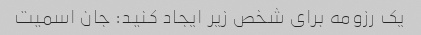
یک رزومه برای شخص زیر ایجاد کنید: جان اسمیت